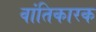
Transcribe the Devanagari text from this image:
वांतिकारक